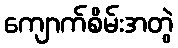
ကျောက်စိမ်းအတွဲ